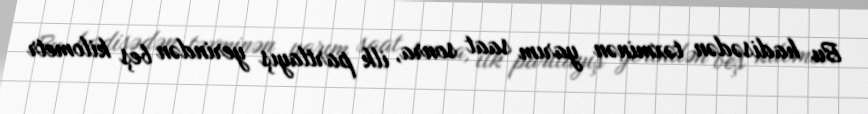
Bu hadisədən təxminən yarım saat sonra, ilk partlayış yerindən beş kilometr